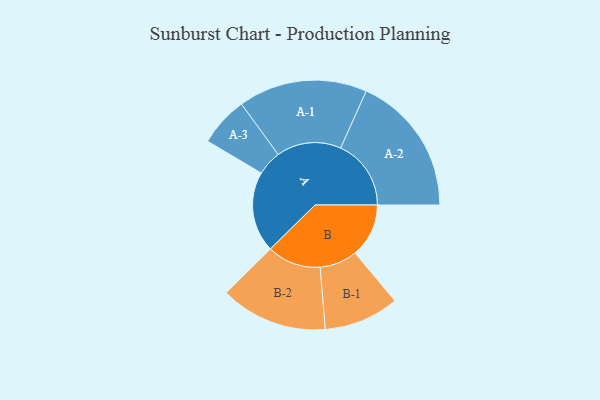
{"axis": {"x": "Segment", "y": "Value"}, "legend": ["", "A", "B"], "data": [{"x": "A", "y": 341, "type": ""}, {"x": "B", "y": 227, "type": ""}, {"x": "A-1", "y": 273, "type": "A"}, {"x": "A-2", "y": 298, "type": "A"}, {"x": "A-3", "y": 105, "type": "A"}, {"x": "B-1", "y": 159, "type": "B"}, {"x": "B-2", "y": 227, "type": "B"}]}